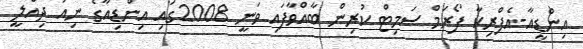
އިންޑީއާ-އެފްރިކާ ފޯރަމް ސަމިޓް ކުރިން ބާއްވާފައި ވަނީ 2008ގައި އިންޑިއާގެ ނިއު ދިއްލީ